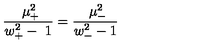
\frac { \ \mu _ { + } ^ { 2 } } { w _ { + } ^ { 2 } - \ 1 } = \frac { \ \mu _ { - } ^ { 2 } } { w _ { - } ^ { 2 } - 1 }